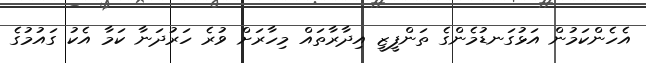
އެހެންކަމުން އަޅުގަނޑުމެންގެ ތަންފީޒީ އިދާރާތައް މިހާރަށް ވުރެ ހަރުދަނާ ކަމާ އެކު ގައުމުގެ